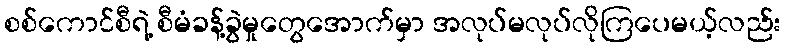
စစ်ကောင်စီရဲ့ စီမံခန့်ခွဲမှုတွေအောက်မှာ အလုပ်မလုပ်လိုကြပေမယ့်လည်း